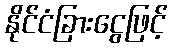
နိုင်ငံခြားငွေဖြင့်